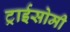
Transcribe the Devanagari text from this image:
ट्राईसोमी